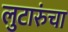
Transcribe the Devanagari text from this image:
लुटारुंचा